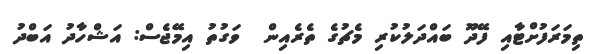
ތިމަރަފުށްޓާއި ފޭދޫ ބައްދަލުކުރި މެޗުގެ ތެރެއިން  ވަގުތު އިމޭޖެސް: އަޝްހާދު އަބްދު